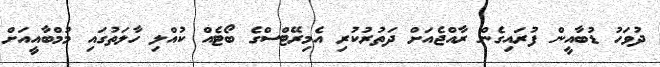
ދުވަހު ޑުބާއީން ފުރައިގެން ރާއްޖެއަށް ދަތުރުކުރި އެމިރޭޓްސްގެ ބޯޓެއް ކުއްލި ހާލަތުގައި މުމްބާއީއަށް